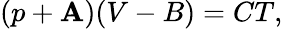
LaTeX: (p+\mathbf{A})(V-B)=CT,